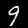
Label: 9